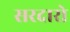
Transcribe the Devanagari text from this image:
सरदारो